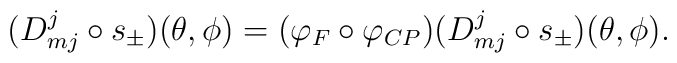
( D^j_{mj} \circ s_\pm ) (\theta, \phi)         =	( \varphi_F \circ \varphi_{CP} )	( D^j_{mj} \circ s_\pm ) (\theta, \phi ).